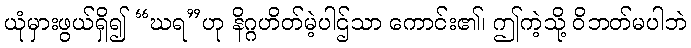
ယုံမှားဖွယ်ရှိ၍ “ဃရ”ဟု နိဂ္ဂဟိတ်မဲ့ပါဌ်သာ ကောင်း၏၊ ဤကဲ့သို့ ဝိဘတ်မပါဘဲ